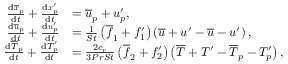
\begin{array} { r l } { \frac { \mathrm { d } \overline { { \boldsymbol { x } } } _ { p } } { \mathrm { d } t } + \frac { \mathrm { d } \boldsymbol { x } _ { p } ^ { \prime } } { \mathrm { d } t } } & { = \overline { { \boldsymbol u } } _ { p } + \boldsymbol u _ { p } ^ { \prime } , } \\ { \frac { \mathrm { d } \overline { { \boldsymbol { u } } } _ { p } } { \mathrm { d } t } + \frac { \mathrm { d } \boldsymbol { u } _ { p } ^ { \prime } } { \mathrm { d } t } } & { = \frac { 1 } { S t } \left( \overline { { f } } _ { 1 } + f _ { 1 } ^ { \prime } \right) \left( \overline { { \boldsymbol u } } + \boldsymbol u ^ { \prime } - \overline { { \boldsymbol u } } - \boldsymbol u ^ { \prime } \right) , } \\ { \frac { \mathrm { d } \overline { T } _ { p } } { \mathrm { d } t } + \frac { \mathrm { d } T _ { p } ^ { \prime } } { \mathrm { d } t } } & { = \frac { 2 c _ { r } } { 3 P r S t } \left( \overline { { f } } _ { 2 } + f _ { 2 } ^ { \prime } \right) \left( \overline { { T } } + T ^ { \prime } - \overline { { T } } _ { p } - T _ { p } ^ { \prime } \right) , } \end{array}